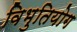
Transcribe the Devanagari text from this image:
विभुतियोग